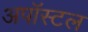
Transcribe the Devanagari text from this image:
अपॉस्टल